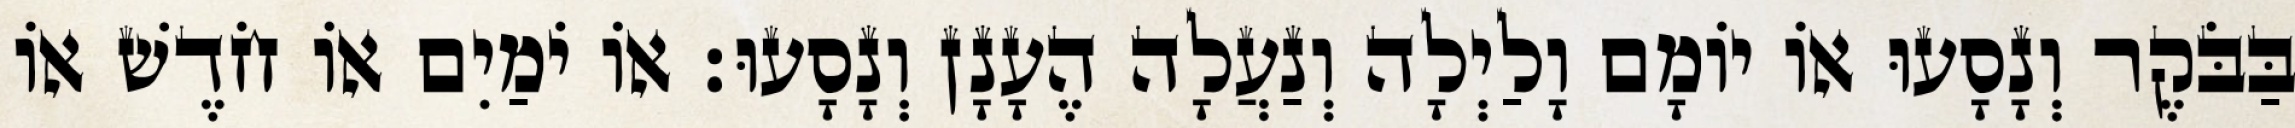
בַּבֹּקֶר וְנָסָעוּ אוֹ יוֹמָם וָלַיְלָה וְנַעֲלָה הֶעָנָן וְנָסָעוּ׃ אוֹ יֹמַיִם אוֹ חֹדֶשׁ אוֹ